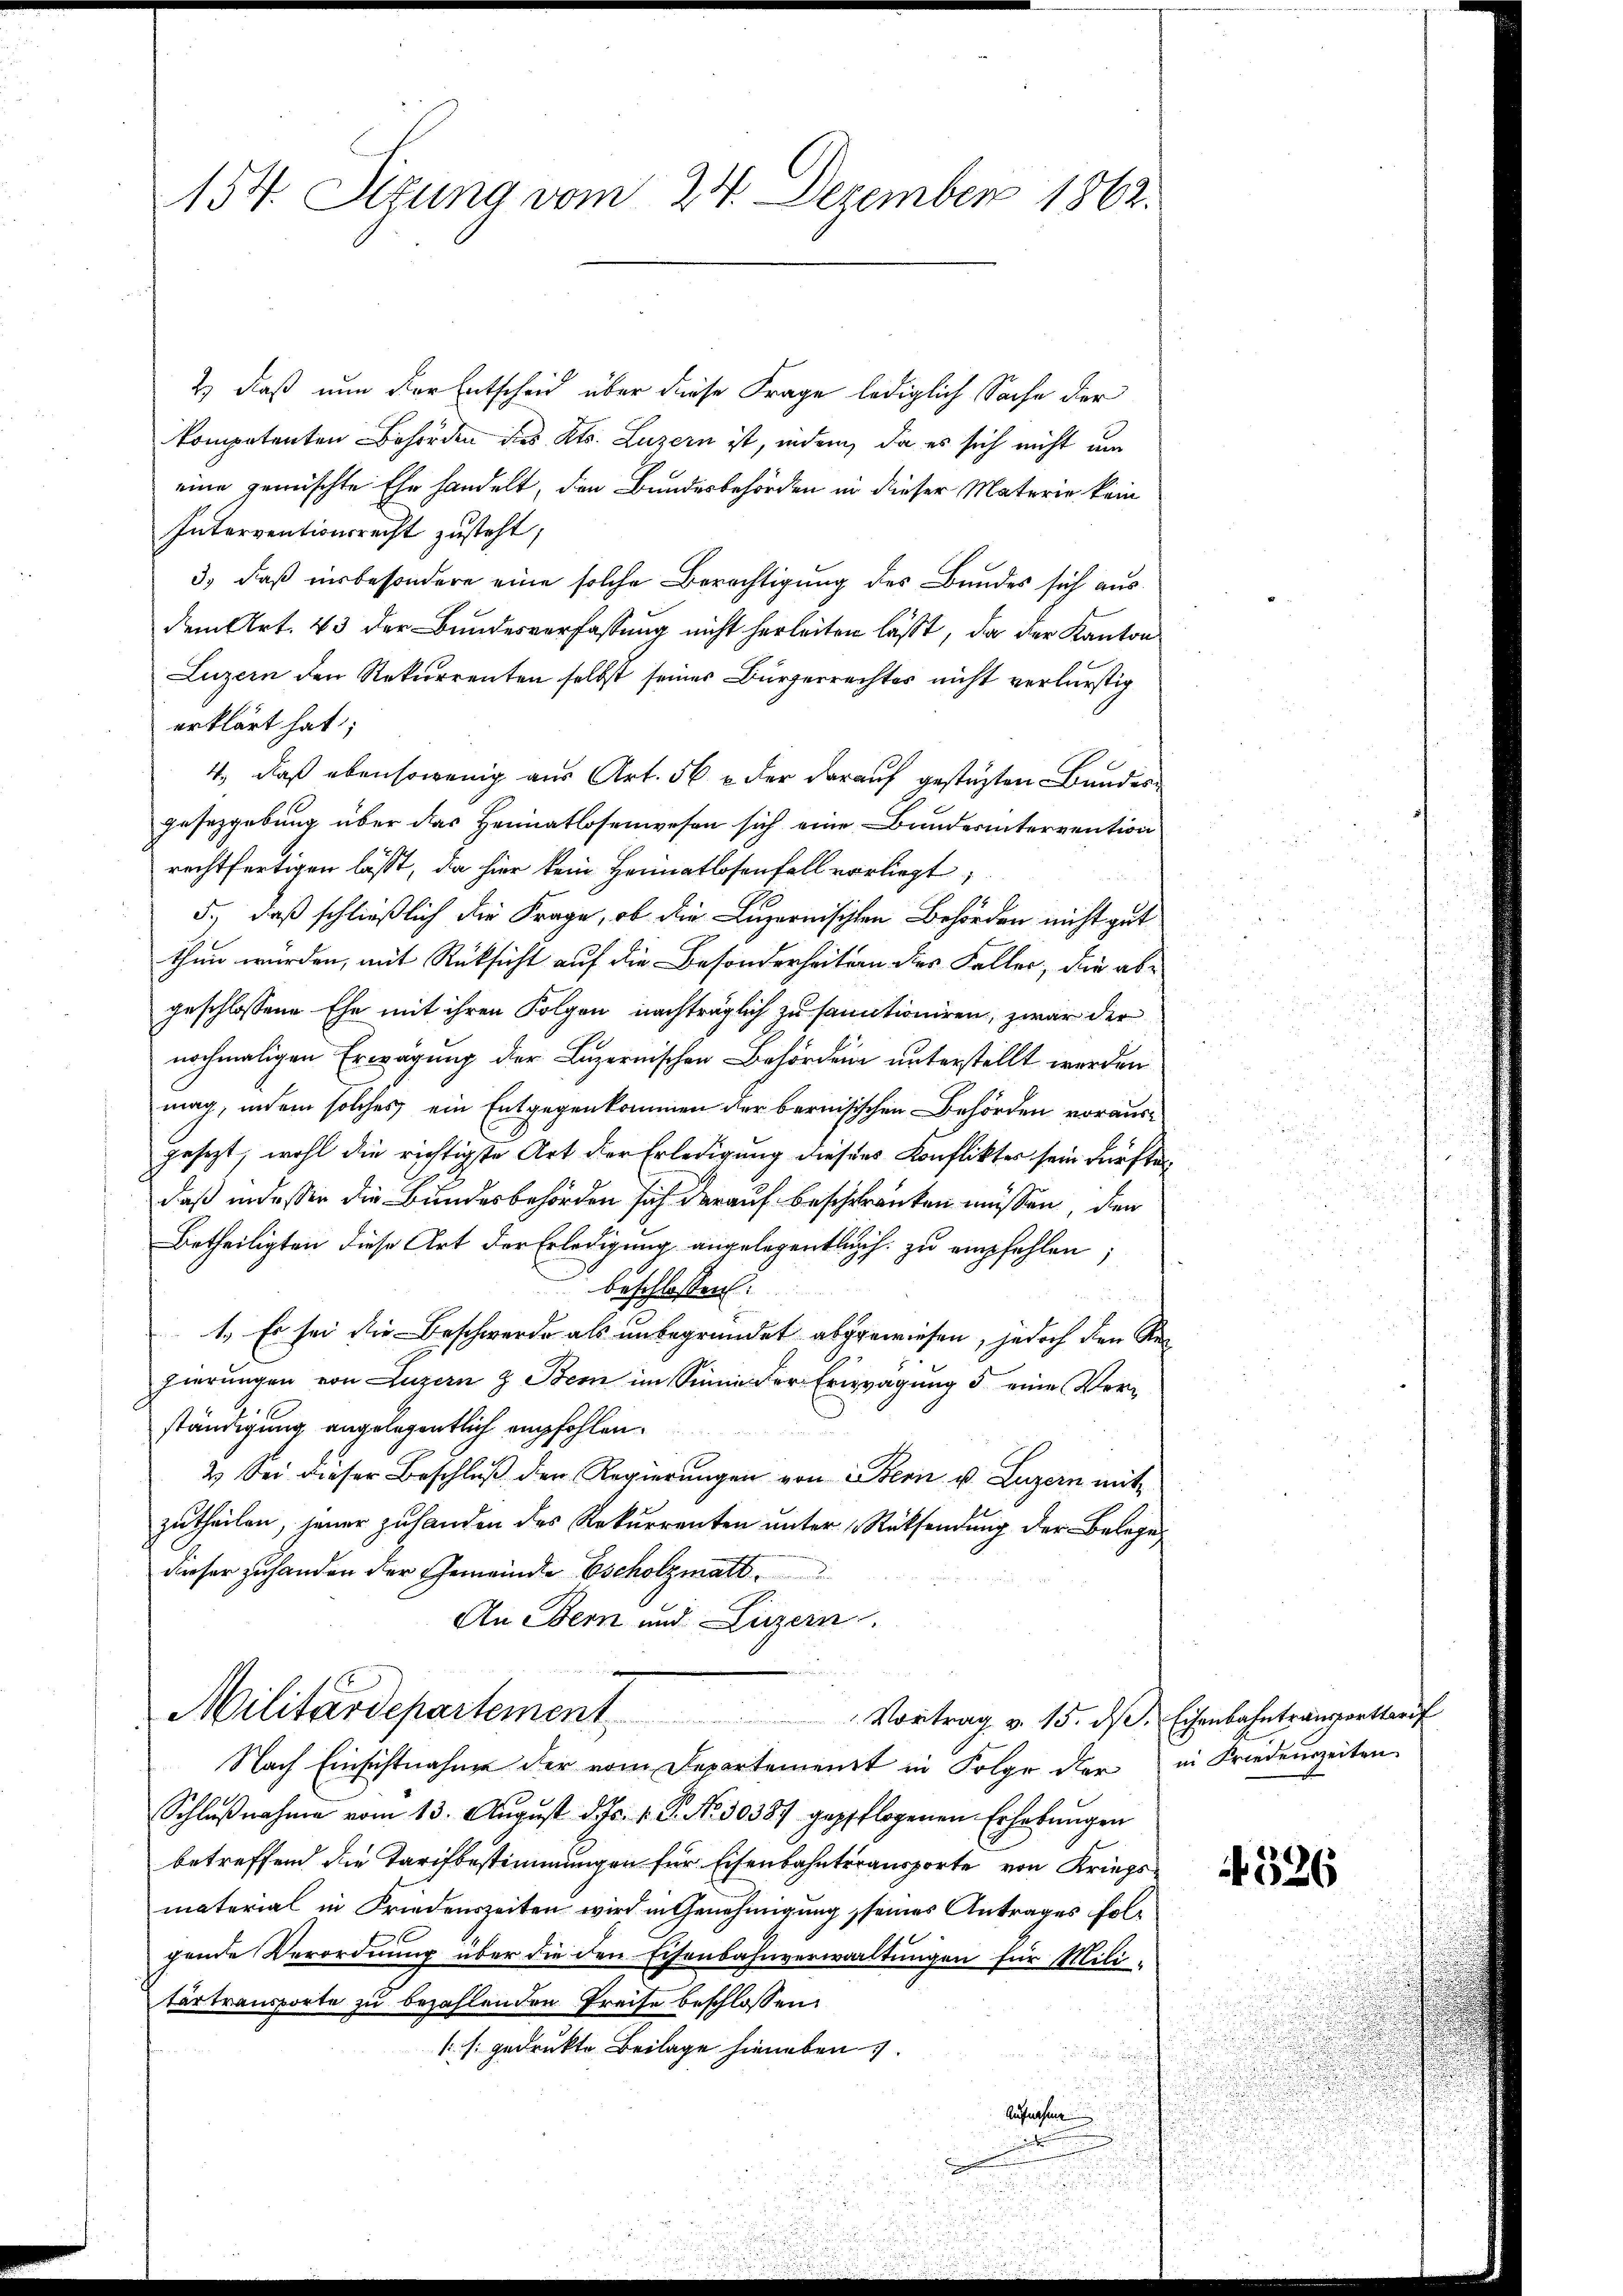
154. Sitzung vom 24. Dezember 1862.

2) daß nun der Entscheid über diese Frage lediglich Sache der
kompetenten Behörden des Kts. Luzern ist, indem, da es sich nicht um
eine gemischte Ehe handelt, den Bundesbehörden in dieser Materie kein
Interventionsrecht zusteht,
3) daß insbesondere eine solche Berechtigung des Bundes sich ausdem Art. 43 der Bundesverfassung nicht herleiten lässt, da der Kanton
Luzern den Rekurrenten selbst seiner Bürgerrechtes nicht verlurstig
erklärt hat;
4., daß ebensowenig aus Art. 56 u. der darauf gestüzten Bandesgesetzgebung über das Heimatlosenwesen sich eine Bunderintervention
rechtfertigen lässt, da hier kein Heimatlosenfall vorliegt,
5., daß schließlich die Frage, ob die Luzernischen Behörden nicht gut
thun würden, mit Rücksicht auf die Besonderheitern dies Faller, die abgeschlossene Ehe mit ihren Folgen nachträglich zu samtioniren, zwar der
nochmaligen Erwägung der Luzernischen Behörden unterstellt werden
mag, indem solches ein Entgegenkommen der bernisischen Behörden vorausgesezt, wohl die richtigste Art der Erledigung diesens Konfliktes sein dürften
daß indeser die Bundesbehörden sich darauf beschränken müssen, den
Betheiligten diese Art der Erledigung angelegentlich zu empfehlen;
beschlossen:
1.) Es sei die Beschwerde als unbegründet abgewiesen, jedoch den Regierungen von Luzern & Bern im Sinne der Erwägung 5 eine Verständigung angelegentlich empfohlen.
2. Sei dieser Beschluß den Regierungen von Stern u. Luzern mit
zutheilen, jener zu handen des Rekurrenten unter Rücksendung der Belege
dieser zuhanden der Gemeinde scholzmatt
An Bern und Luzern.
Militärdepartement Vortrag v. 15. dβ. Eisenbahntrangenthaf
Nach Einsichtnahme der vom Departement in Folge der in Friedenszeiten
Schlußnahme vom 13. August d. Js. v. P. No 30387 gepflogenen Erhebungen
betreffend die Tarifbestimmungen für Eisenbahnteransporte von Kriegsmaterial in Friedenszeiten wird in Genehmigung seines Antrages folgende Verordnung über die den Eisenbahnverwaltungen für Mili-
tärtransporte zu bezahlenden Preise beschlossen:
1 s. gedrukte Beilage hieneben.
Aufnahme
u

4526